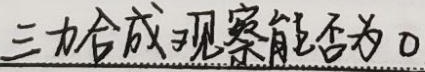
三力合成观察能否为0